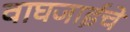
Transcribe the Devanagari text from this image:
वाघजाईचे